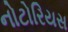
નોટોરિયસ